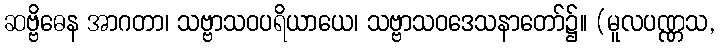
ဆဗ္ဗိဓေန အာဂတာ၊ သဗ္ဗာသဝပရိယာယေ၊ သဗ္ဗာသဝဒေသနာတော်၌။ (မူလပဏ္ဏသ,